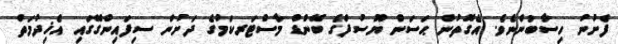
ފެށުނު ހިސާބުންނެވެ. އެގޮތުން ޙަސަން ޔޫސުފްގެ ބޭންޑް މާސްޓަރކަމުގެ ދަށުން ސިފައިންގޭގައި އެޚިދުމަތް